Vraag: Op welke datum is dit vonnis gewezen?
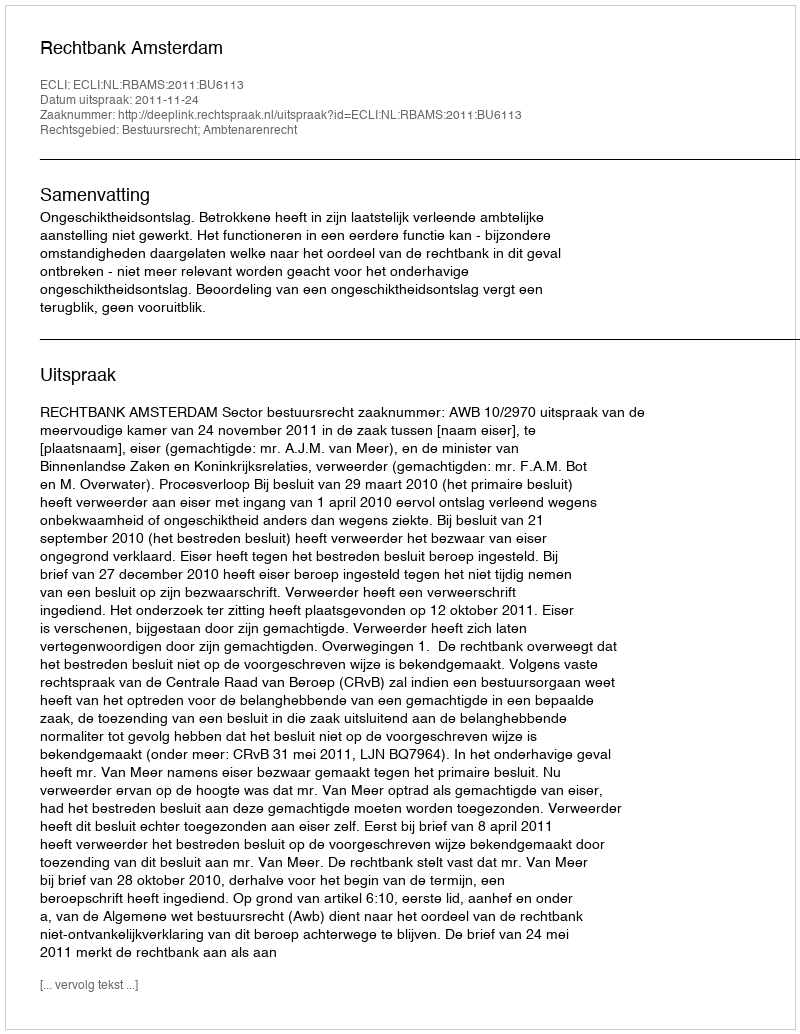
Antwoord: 2011-11-24